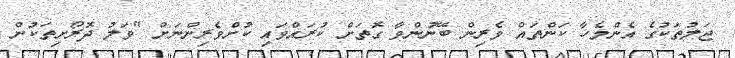
ޖަލުތަކުގެ އެންމެހާ ކަންތައް ވެރިން ބޭނުންވާ ގޮތަށް ކުރައްވައި ކުށްވެރިންނަށް "ވަލު ދޮރޯށިތަކުން